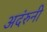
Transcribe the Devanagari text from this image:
अदंरुनी